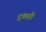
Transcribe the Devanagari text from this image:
ट्रकही